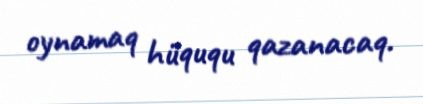
oynamaq hüququ qazanacaq.